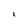
Character: i